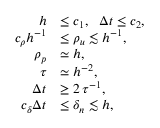
\begin{array} { r l } { h } & { \le c _ { 1 } , ~ ~ \Delta t \le c _ { 2 } , } \\ { c _ { \rho } h ^ { - 1 } } & { \leq \rho _ { u } \lesssim h ^ { - 1 } , } \\ { \rho _ { p } } & { \simeq h , } \\ { \tau } & { \simeq h ^ { - 2 } , } \\ { \Delta t } & { \geq 2 \, \tau ^ { - 1 } , } \\ { c _ { \delta } \Delta t } & { \le \delta _ { n } \lesssim h , } \end{array}